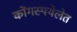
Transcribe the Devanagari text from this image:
कोंगस्पयेलेत